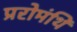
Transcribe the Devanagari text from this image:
प्ररोमंथि